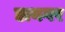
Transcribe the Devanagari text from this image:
डायगर